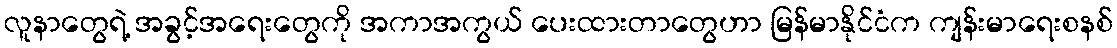
လူနာတွေရဲ့ အခွင့်အရေးတွေကို အကာအကွယ် ပေးထားတာတွေဟာ မြန်မာနိုင်ငံက ကျန်းမာရေးစနစ်